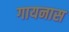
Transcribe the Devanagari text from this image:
गायनास